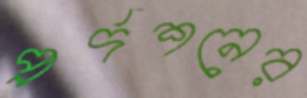
প্রর্দশনের